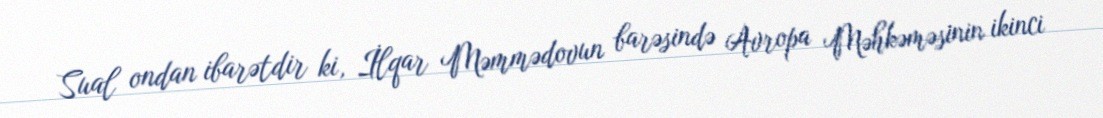
Sual ondan ibarətdir ki, İlqar Məmmədovun barəsində Avropa Məhkəməsinin ikinci